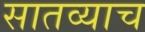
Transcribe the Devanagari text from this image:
सातव्याच